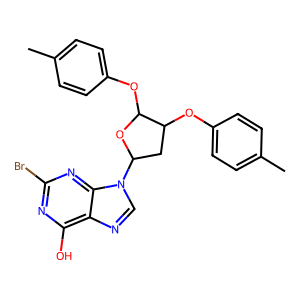
SMILES: Cc1ccc(OC2CC(n3cnc4c(O)nc(Br)nc43)OC2Oc2ccc(C)cc2)cc1
Inhibits HIV replication: No